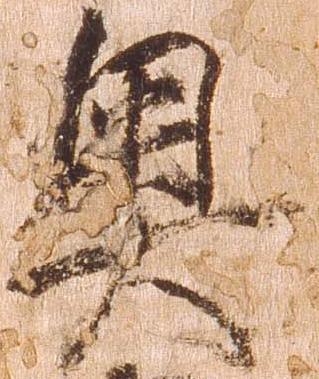
奥